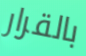
بالقرار